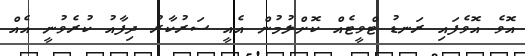
އޮވެ އޮވެފައި ރަނޑު ޓްވީޓެއް ކޮށްލުމުން އެއީ ސަރުކާރު ދިފާއު ކުރެވުނީ އެއް